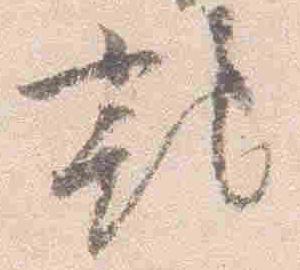
記